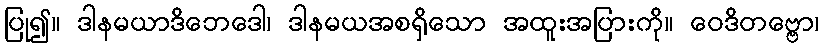
ပြု၍။ ဒါနမယာဒိဘေဒေါ၊ ဒါနမယအစရှိသော အထူးအပြားကို။ ဝေဒိတဗ္ဗော၊